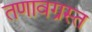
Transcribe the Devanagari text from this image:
तणावग्रस्त